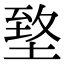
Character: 𡍶